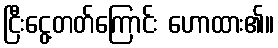
ငြီးငွေ့တတ်ကြောင်း ဟောထား၏။